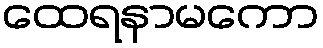
ထေရနာမကော